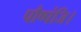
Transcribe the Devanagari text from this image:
पौष्पंजि।